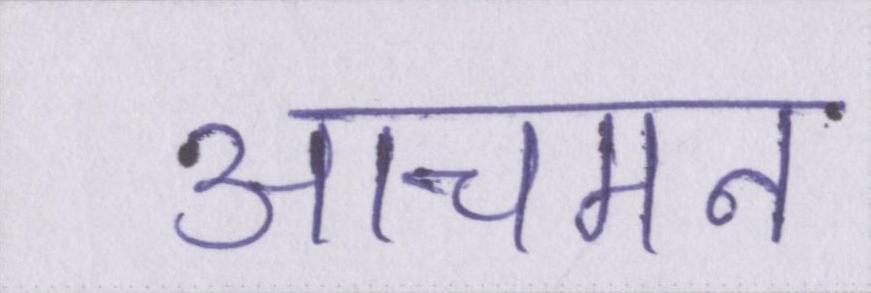
आचमन